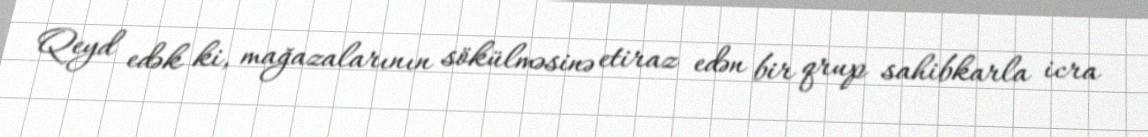
Qeyd edək ki, mağazalarının sökülməsinə etiraz edən bir qrup sahibkarla icra